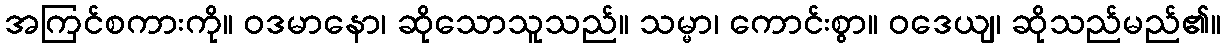
အကြင်စကားကို။ ဝဒမာနော၊ ဆိုသောသူသည်။ သမ္မာ၊ ကောင်းစွာ။ ဝဒေယျ၊ ဆိုသည်မည်၏။